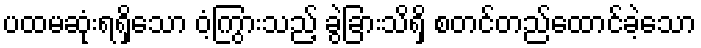
ပထမဆုံးရရှိသော ဝံ့ကြွားသည့် ခွဲခြားသိရှိ စတင်တည်ထောင်ခဲ့သော